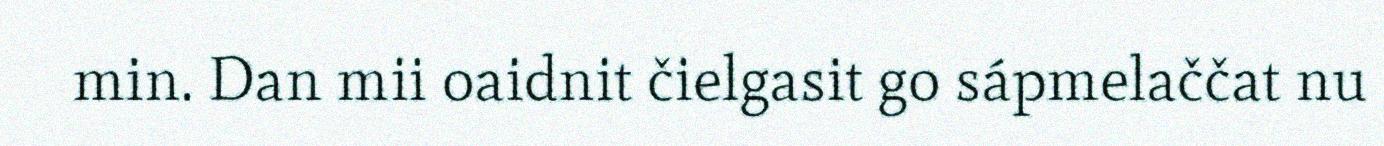
min. Dan mii oaidnit čielgasit go sápmelaččat nu